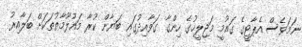
ނަމަވެސް އެޕާޓީގެ ގައުމީ މަޖިލީހުގެ ހިންގާ ގަވާއިދުގައި ބަޔާން ކުރާ މައުލޫމާތުތަކަށް ބަލާއިރު